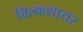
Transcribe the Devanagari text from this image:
विल्कशायर